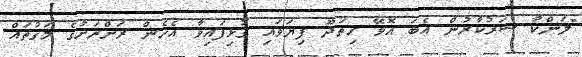
"ލަންކާ ސަރުކާރުން އެބަ އޮވޭ ހިތަދޫ ފިޔަވައި ގުޅިފައިވާ އެހެން ރަށްރަށުގެ މަގުތައް